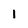
Character: 1